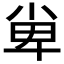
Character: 𡭼